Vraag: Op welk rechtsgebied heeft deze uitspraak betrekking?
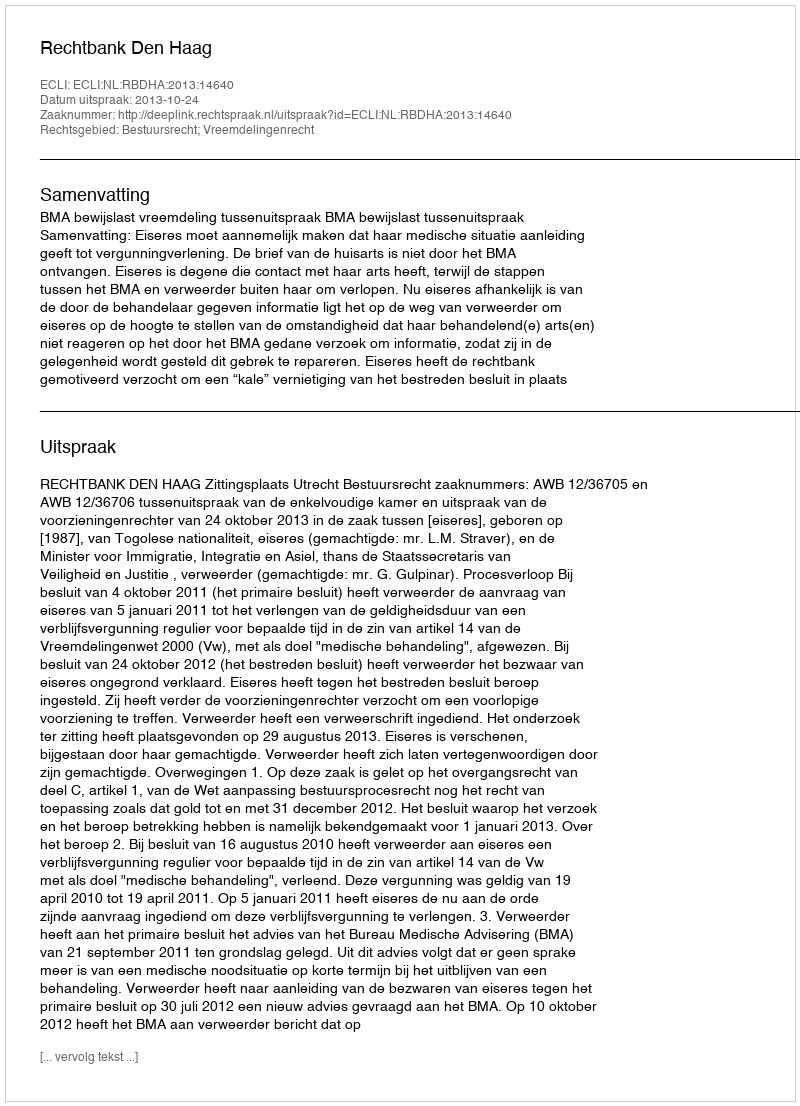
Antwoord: Bestuursrecht; Vreemdelingenrecht